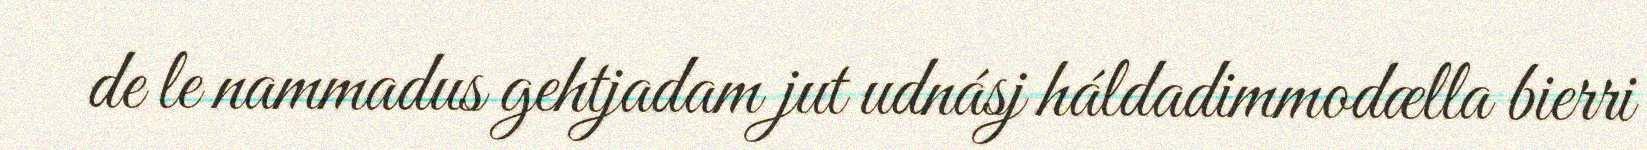
de le nammadus gehtjadam jut udnásj háldadimmodælla bierri